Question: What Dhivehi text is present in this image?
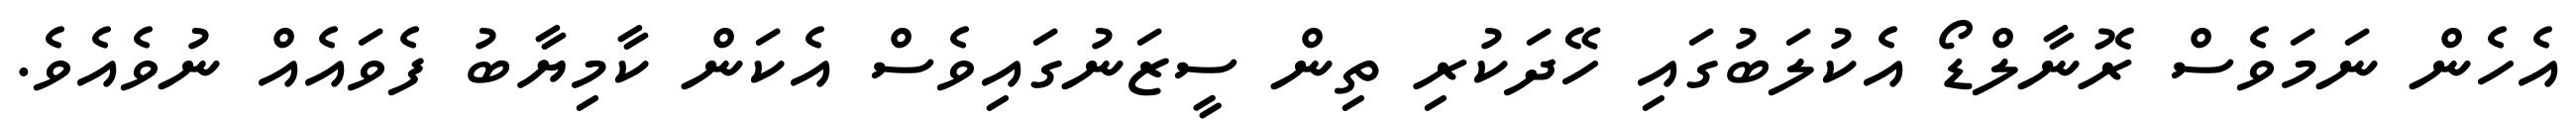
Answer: އެހެން ނަމަވެސް ރޮނާލްޑޯ އެކުލަބުގައި ހޭދަކުރި ތިން ސީޒަނުގައިވެސް އެކަން ކާމިޔާބު ފެވައެއް ނުވެއެވެ.